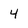
Character: 4